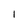
Character: I